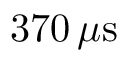
3 7 0 \, \mu \mathrm { s }